Leaving Certificate Examination (including Day School Certificate (Higher) General paper), 1930
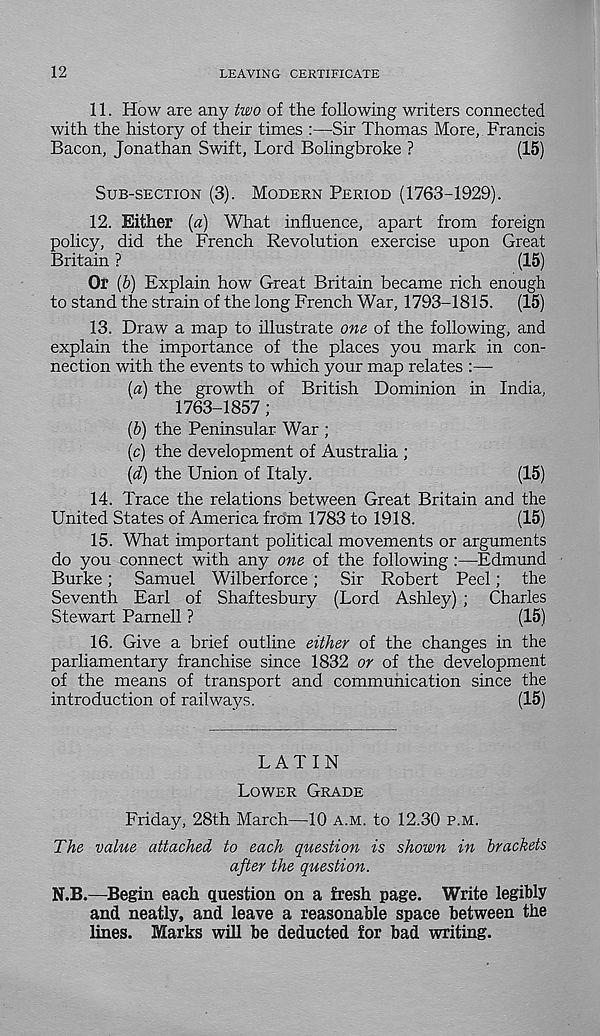
12
LEAVING CERTIFICATE
11. How are any two of the following writers connected
with the history of their times :—Sir Thomas More, Francis
Bacon, Jonathan Swift, Lord Bolingbroke ?
(15)
SUB-SECTION (3). MODERN PERIOD (1763-1929).
12. Either [a) What influence, apart from foreign
policy, did the French Revolution exercise upon Great
Britain ?
(15)
Or (6) Explain how Great Britain became rich enough
to stand the strain of the long French War, 1793-1815. (15)
13. Draw a map to illustrate one of the following, and
explain the importance of the places you mark in con-
nection with the events to which your map relates :—
{a) the growth of British Dominion in India,
1763-1857;
{b) the Peninsular War ;
(c) the development of Australia ;
\d) the Union of Italy.
(15)
14. Trace the relations between Great Britain and the
United States of America from 1783 to 1918.
(15)
15. What important political movements or arguments
do you connect with any one of the following:—Edmund
Burke; Samuel Wilberforce; Sir Robert Peel; the
Seventh Earl of Shaftesbury (Lord Ashley) ; Charles
Stewart Parnell ?
(15)
16. Give a brief outline either of the changes in the
parliamentary franchise since 1832 or of the development
of the means of transport and communication since the
introduction of railways.
(15)
LATIN
LOWER GRADE
Friday, 28th March—10 A.M. to 12.30 P.M.
The value attached to each question is shown in brackets
after the question.
N.B.—Begin each question on a fresh page. Write legibly
and neatly, and leave a reasonable space between the
lines. Marks will be deducted for bad writing.